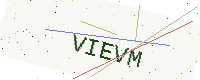
Text: VIEVM